Lunatic asylums Central Provinces reports 1874-1885 - 1874-1885
Year: 1874
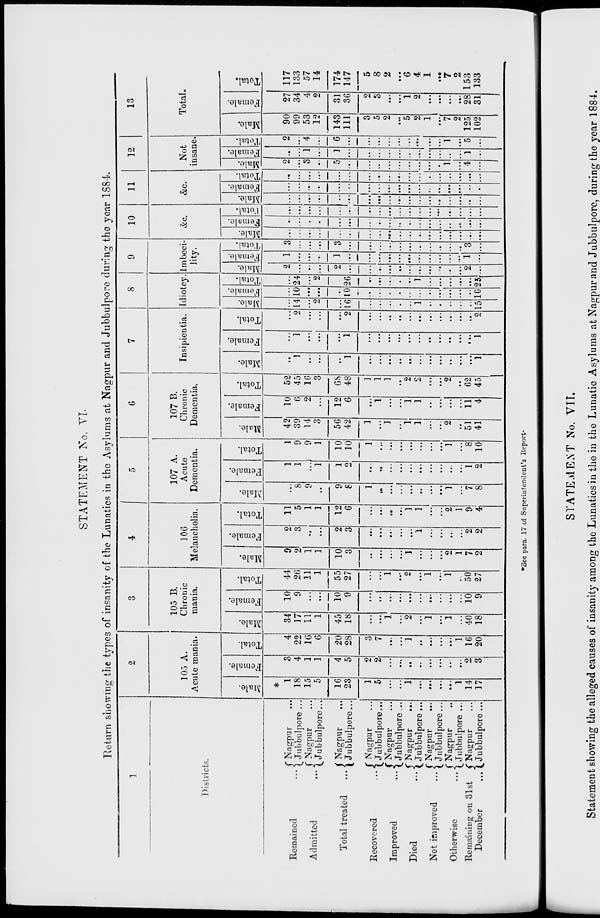
STATEMENT No. VI.
Return showing the types of insanity of the Lunatics in the Asylums at Nagpur and Jubbulpore during the year 1884.
1
Districts.
Remained
Admitted
Total treated
...
Recovered
Improved
...
Died
...
Not improved
...
Otherwise
...
Remaining on 31st
December
...
Nagpur
Jubbulpore ...
Nagpur
Jubbulpore ...
Nagpur
Jubbulpore ...
Nagpur
Jubbulpore ...
Nagpur
Jubbulpore ...
Nagpur
...
Jubbulpore ...
Nagpur
...
Jubbulpore ...
Nagpur
Jubbulpore ...
Nagpur
Jubbulpore ...
2
105 A.
Acute mania.
Male.
*1
18
15
5
16
23
1
5
...
...
1
...
...
...
...
1
14
17
Female.
3
4
1
1
4
5
2
2
...
...
...
...
...
...
...
...
2
3
Total.
4
22
16
6
20
28
3
7
...
...
1
...
...
...
...
1
16
20
3
105 B.
Chronic
mania.
Male.
34
17
11
1
45
18
...
...
1
...
2
...
1
...
1
...
40
18
Female.
10
9
...
...
10
9
...
...
...
...
...
...
...
...
...
...
10
9
Total.
44
26
11
1
55
27
...
...
1
...
2
...
1
...
1
..
50
27
4
106
Melancholia.
Male.
9
2
1
1
10
3
...
...
...
...
1
...
...
...
2
1
7
2
Female.
2
3
...
...
2
3
...
...
...
...
...
1
...
...
...
...
2
2
Total.
11
5
1
1
12
6
...
...
...
....
1
1
...
...
2
1
9
4
5
107 A.
Acute
Dementia.
Male.
....
8
9
...
9
8
1
...
...
...
...
...
...
...
1
...
7
8
Female.
1
1
...
1
1
2
...
...
...
...
...
...
...
...
...
...
1
2
Total.
1
9
9
1
10
10
1
...
...
...
...
...
1
...
8
10
6
107 B.
Chronic
Dementia.
Male.
42
39
14
3
56
42
1
...
1
...
1
1
...
...
2
...
51
41
Female.
10
6
2
...
12
6
...
1
...
...
1
1
...
...
...
...
11
4
Total.
52
45
16
3
68
48
1
1
1
...
2
2
...
...
2
...
62
45
7
Insipientia.
Male.
...
1
...
...
...
1
...
...
....
...
...
...
...
...
...
...
...
1
Female.
...
1
...
...
...
1
...
...
...
...
...
...
...
...
...
...
...
1
Total.
...
2
...
...
...
2
...
...
...
...
...
...
...
...
...
...
...
2
8
Idiotcy.
Male.
...
14
...
2
...
16
...
...
...
...
...
1
...
...
...
...
...
15
Female.
...
10
...
...
...
10
...
...
...
...
...
...
...
...
...
...
...
10
Total.
...
24
...
2
...
26
...
...
...
...
...
1
...
...
...
...
...
25
9
Imbeci-
lity.
Male.
2
...
...
...
2
...
...
...
...
...
...
...
...
...
...
...
2
...
Female.
1
...
...
...
1
...
...
...
...
...
...
...
...
...
...
...
1
...
Total.
3
...
...
...
3
...
...
...
...
...
...
...
...
...
...
...
3
...
10
&c.
Male.
...
...
...
...
...
...
...
...
...
...
...
...
...
...
...
...
...
...
Female.
...
...
...
...
...
...
...
...
...
...
...
...
...
...
...
...
...
...
Total.
...
...
...
...
...
...
...
...
...
...
...
...
...
...
...
...
...
...
11
&c.
Male.
...
...
...
...
...
...
...
...
...
....
...
...
...
...
...
...
...
...
Female.
...
...
...
...
...
...
...
...
...
...
...
...
...
...
...
...
...
...
Total.
...
...
...
...
...
...
...
...
...
...
...
...
...
...
...
...
...
...
12
Not
insane.
Male.
2
...
3
...
5
...
...
...
...
...
...
...
...
...
1
...
4
...
Female.
...
...
1
...
1
...
...
...
...
...
...
...
...
...
...
...
1
...
Total.
2
...
4
...
6
...
...
...
...
...
...
...
...
1
...
5
...
13
Total.
Male.
90
99
53
12
143
111
3
5
2
...
5
2
1
...
7
2
125
102
Female.
27
34
4
2
31
36
2
3
...
...
1
2
...
...
...
...
28
31
Total.
117
133
57
14
174
147
5
8
2
...
6
4
1
...
7
2
153
133
*See para. 17 of Superintendent's Report.